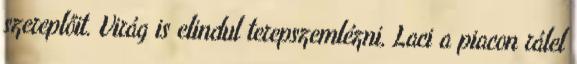
szereplőit. Virág is elindul terepszemlézni, Laci a piacon rálel